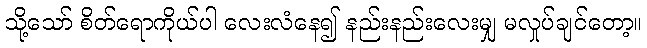
သို့သော် စိတ်ရောကိုယ်ပါ လေးလံနေ၍ နည်းနည်းလေးမျှ မလှုပ်ချင်တော့။